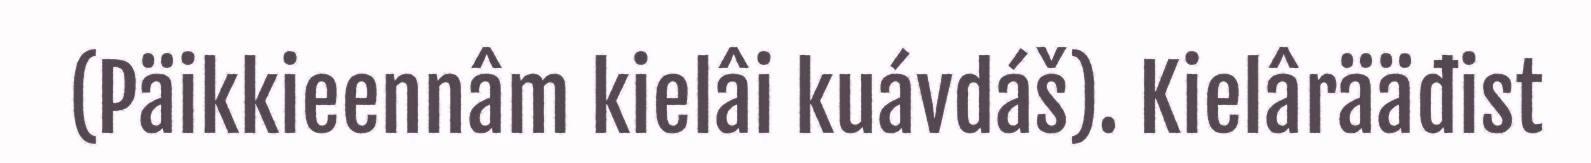
(Päikkieennâm kielâi kuávdáš). Kielârääđist